画像に写った文字を読んでください
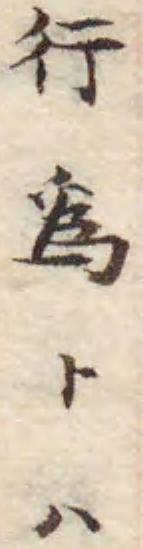
「行爲トハ」と書いてあります